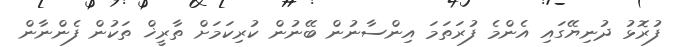
ފުރޮޅު ދުނިޔޭގައި އެންމެ ފުރަތަމަ އިންސާނުން ބޭނުން ކުރިކަމަށް ތާރީޚް ތަކުން ފެންނާން